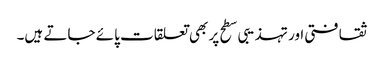
ثقافتی اور تہذیبی سطح پر بھی تعلقات پائے جاتے ہیں۔